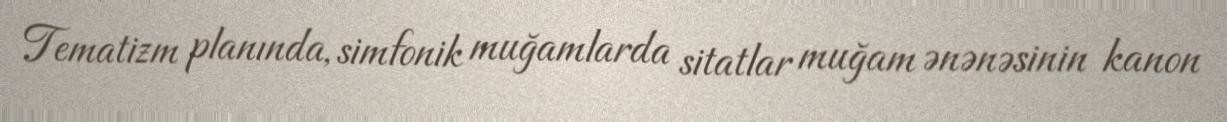
Tematizm planında, simfonik muğamlarda sitatlar muğam ənənəsinin kanon